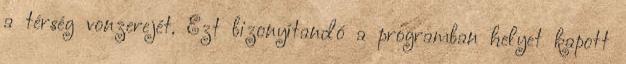
a térség vonzerejét. Ezt bizonyítandó a programban helyet kapott